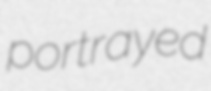
portrayed